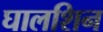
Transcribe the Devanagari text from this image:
घालशिन